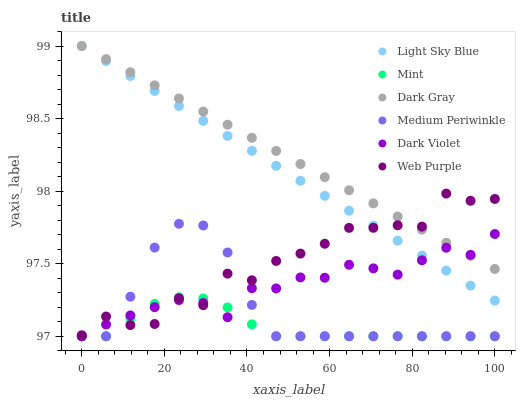
| xaxis_label | Light Sky Blue | Mint | Dark Gray | Medium Periwinkle | Dark Violet | Web Purple |
 | --- | --- | --- | --- | --- | --- | --- |
 | 0 | 99 | 97 | 99 | 97 | 97 | 97 |
 | 5.88 | 98.9 | 97 | 98.9 | 97 | 97.1 | 97.1 |
 | 11.8 | 98.8 | 97.1 | 98.8 | 97.3 | 97.1 | 97.1 |
 | 17.6 | 98.7 | 97.2 | 98.7 | 97.6 | 97.2 | 97.1 |
 | 23.5 | 98.6 | 97.3 | 98.6 | 97.8 | 97.2 | 97.3 |
 | 29.4 | 98.5 | 97.3 | 98.5 | 97.8 | 97.2 | 97.2 |
 | 35.3 | 98.4 | 97.2 | 98.5 | 97.6 | 97.1 | 97.4 |
 | 41.2 | 98.3 | 97.1 | 98.4 | 97.2 | 97.3 | 97.4 |
 | 47.1 | 98.2 | 97 | 98.3 | 97 | 97.3 | 97.5 |
 | 52.9 | 98.1 | 97 | 98.2 | 97 | 97.4 | 97.6 |
 | 58.8 | 98 | 97 | 98.1 | 97 | 97.4 | 97.6 |
 | 64.7 | 97.9 | 97 | 98 | 97 | 97.5 | 97.7 |
 | 70.6 | 97.8 | 97 | 97.9 | 97 | 97.5 | 97.7 |
 | 76.5 | 97.7 | 97 | 97.8 | 97 | 97.4 | 97.8 |
 | 82.4 | 97.6 | 97 | 97.7 | 97 | 97.5 | 97.8 |
 | 88.2 | 97.5 | 97 | 97.6 | 97 | 97.6 | 98 |
 | 94.1 | 97.3 | 97 | 97.6 | 97 | 97.6 | 97.9 |
 | 100 | 97.2 | 97 | 97.5 | 97 | 97.7 | 97.9 |